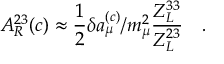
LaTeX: A _ { R } ^ { 2 3 } ( c ) \approx \frac { 1 } { 2 } \delta a _ { \mu } ^ { ( c ) } / m _ { \mu } ^ { 2 } \frac { Z _ { L } ^ { 3 3 } } { Z _ { L } ^ { 2 3 } } \ \ \ .